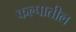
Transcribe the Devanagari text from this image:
कल्पातील